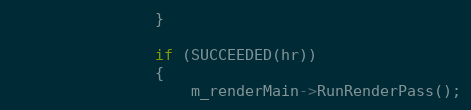
Language: C++
                }

                if (SUCCEEDED(hr))
                {
                    m_renderMain->RunRenderPass();